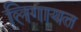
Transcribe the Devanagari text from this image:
लिगायत